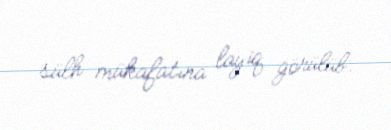
sülh mükafatına layiq görülüb.